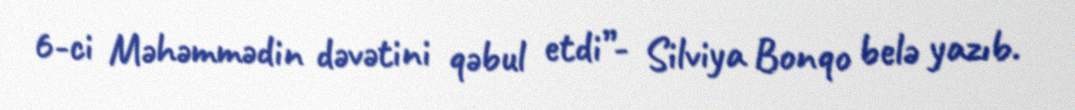
6-ci Məhəmmədin dəvətini qəbul etdi”- Silviya Bonqo belə yazıb.